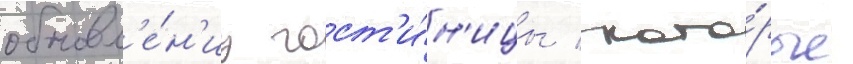
обновл'е́н'иу гост'и́н'ицы / кото́рые